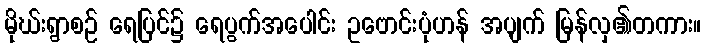
မိုဃ်းရွာစဉ် ရေပြင်၌ ရေပွက်အပေါင်း ဥဗောင်းပုံဟန် အပျက် မြန်လှ၏တကား။